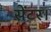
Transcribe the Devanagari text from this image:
सेंटर।